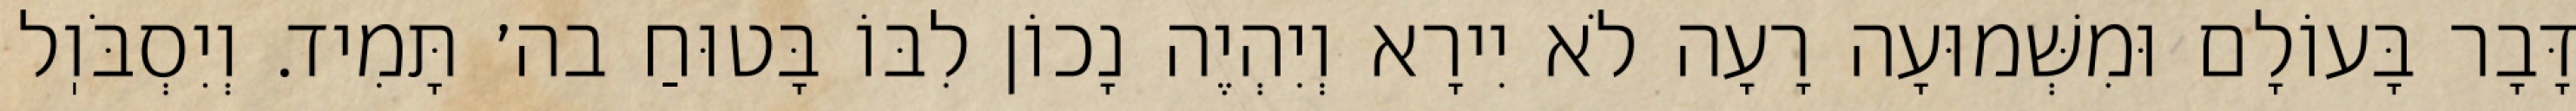
דָּבָר בָּעוֹלָם וּמִשְּׁמוּעָה רָעָה לֹא יִירָא וְיִהְיֶה נָכוֹן לִבּוֹ בָּטוּחַ בה׳ תָּמִיד. וְיִסְבֹּוֽל